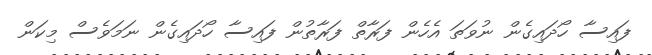
ފައިސާ ހޯދައިގެން ނުވަތަ އެހެން ފަރާތް ފަރާތުން ފައިސާ ހޯދައިގެން ނަމަވެސް މިކަން